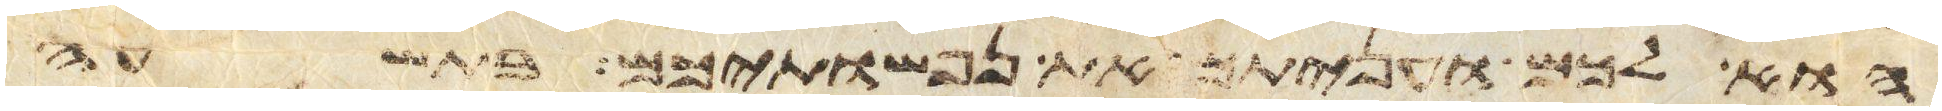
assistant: הוא לכם ועניתם את נפשתיכם בתשעה